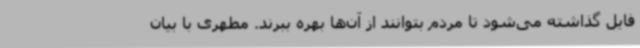
فایل گذاشته می‌شود تا مردم بتوانند از آن‌ها بهره ببرند. مطهری با بیان